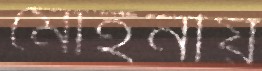
মোহনীয়